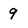
Character: 9